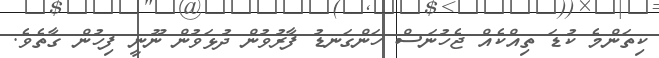
ކިތަންމެ ކުޑަ ތިއްކެއް ޖެހުނަސް ހަންގަނޑު ފާރުވުން ދުޅަވުން ނޫނީ ފިހުން ގާތެވެ.